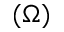
( \Omega )